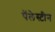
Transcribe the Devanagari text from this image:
पॅलेस्टीन